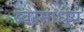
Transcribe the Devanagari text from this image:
स्‍वरमार्धुय